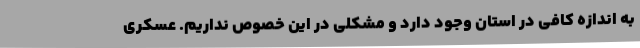
به اندازه کافی در استان وجود دارد و مشکلی در این خصوص نداریم. عسکری